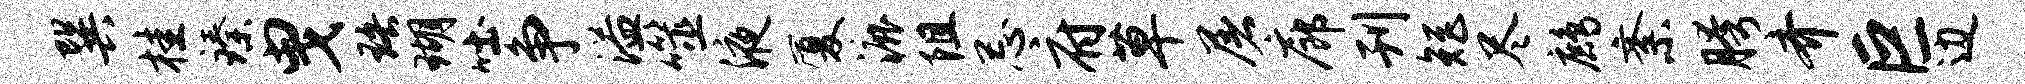
巽桂臻曳珞瑚吐争溢噬液厦漉阻忌府草屠廊刊矩尽鹧紊胯齐巨边